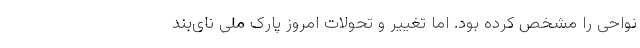
نواحی را مشخص کرده بود. اما تغییر و تحولات امروز پارک ملی نای‌بند